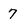
Character: 7